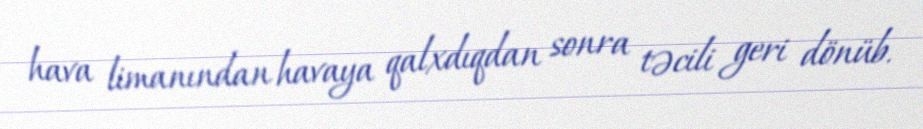
hava limanından havaya qalxdıqdan sonra təcili geri dönüb.